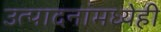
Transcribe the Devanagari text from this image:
उत्पादनांमध्येही